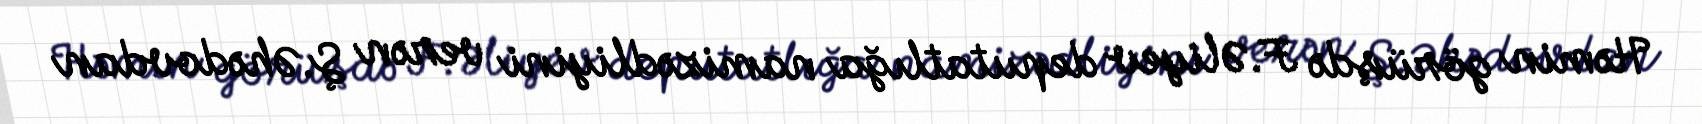
Həmin görüşdə F.Əliyev deputatlığa namizədliyini verən Ş.Əhədovdan